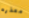
معذره